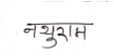
मजकूर: नथुराम